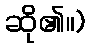
ဆို၏။)